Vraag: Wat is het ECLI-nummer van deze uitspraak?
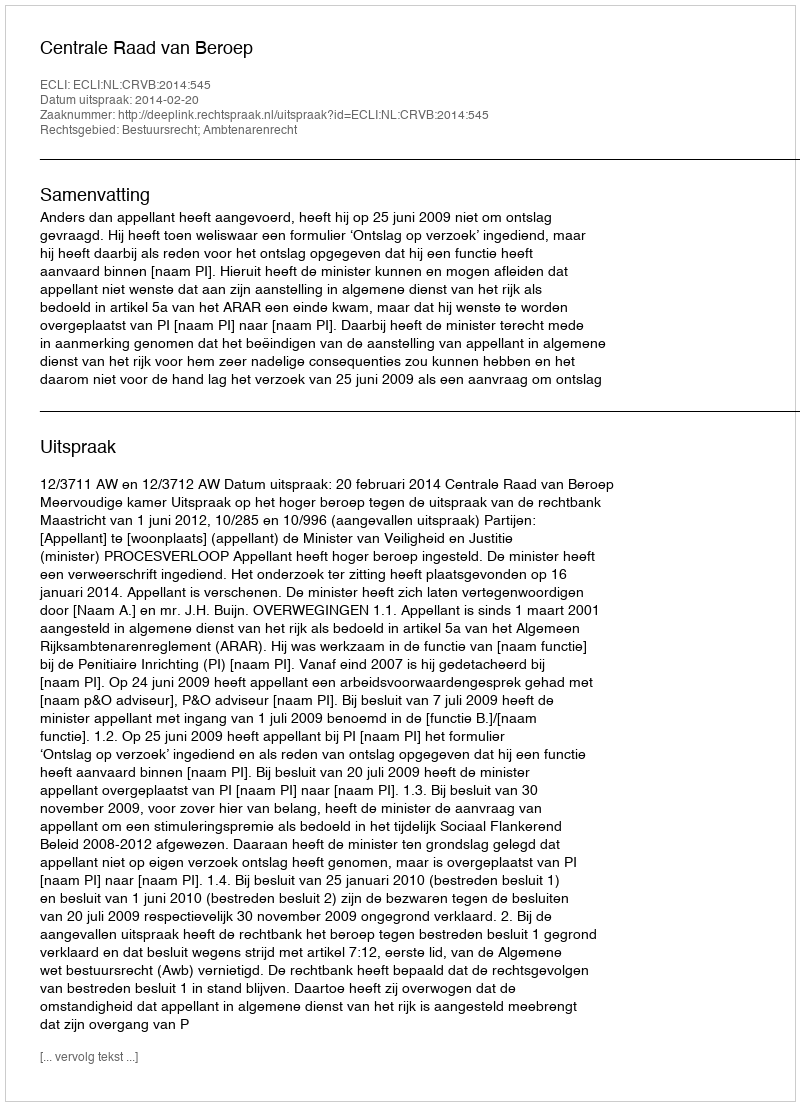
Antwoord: ECLI:NL:CRVB:2014:545